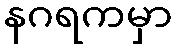
နဂရကမှာ